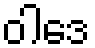
ဝါဒေ